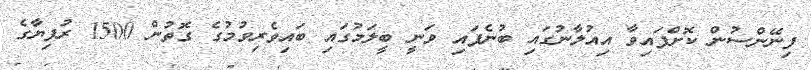
ފިނޭންސުން ކޮށްފައިވާ އިއުލާނުގައި ބުނެފައި ވަނީ ބީލަމުގައި ބައިވެރިވުމުގެ ގޮތުން 1500 ރުފިޔާގެ